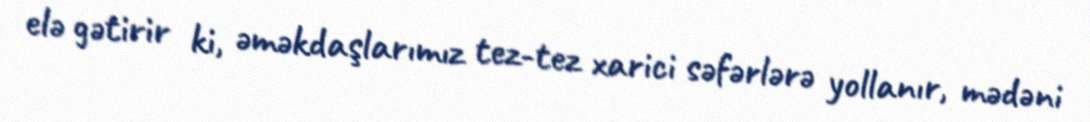
elə gətirir ki, əməkdaşlarımız tez-tez xarici səfərlərə yollanır, mədəni